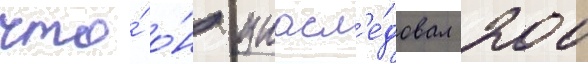
что́ о́н унасл'е́довал 200